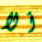
ألا